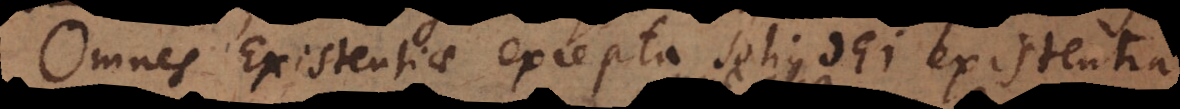
Omnes Existentiae excepta solius Dei existentia